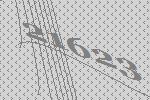
21623